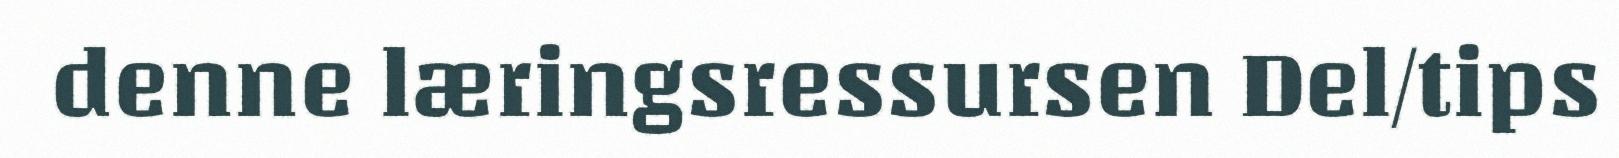
denne læringsressursen Del/tips